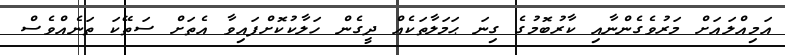
އަމިއްލައަށް މަރުވެގެންނާއި ކާރުބޮމުގެ ގިނަ ޙަމަލާތަކެއް ދީގެން ހަލާކުކޮށްފައިވާ އެތަށް ސަތޭކަ ތަނެއްވެސް